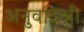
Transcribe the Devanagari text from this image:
अनुवादश्री